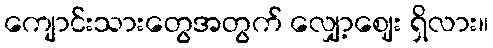
ကျောင်းသားတွေအတွက် လျှော့ဈေး ရှိလား။